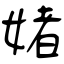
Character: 媎